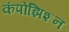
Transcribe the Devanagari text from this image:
कंपोझिशन